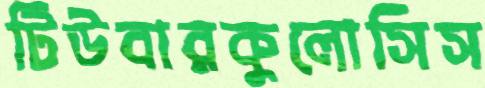
টিউবারকুলোসিস